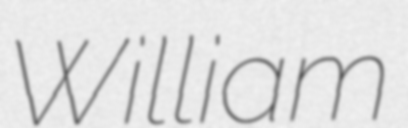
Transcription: William